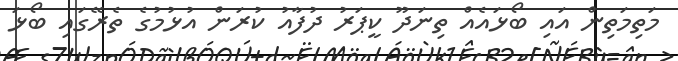
މަތިމަތިން އައި ބޯޅައެއް ތިނަދޫ ކީޕަރު ދުފާއު ކުރަން އުޅުމުގެ ތެރޭގައި ބޯޅަ